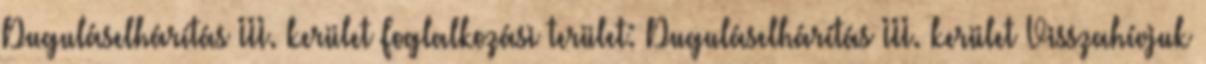
Duguláselhárítás III. kerület Foglalkozási terület: Duguláselhárítás III. kerület Visszahívjuk